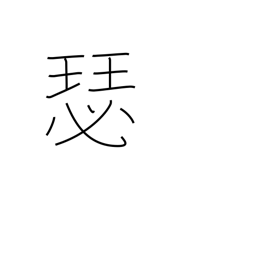
Meaning: large koto